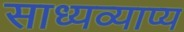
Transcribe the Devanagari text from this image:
साध्यव्याप्य